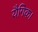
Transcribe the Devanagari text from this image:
यैगिक।